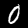
Label: 0